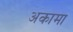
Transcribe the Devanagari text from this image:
अकामा